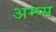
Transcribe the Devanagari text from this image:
अम्प्स